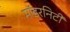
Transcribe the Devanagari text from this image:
मॉडरनिटी